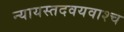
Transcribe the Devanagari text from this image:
न्यायस्तदवयवाश्च